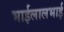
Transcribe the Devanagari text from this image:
भाईलालभाई